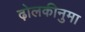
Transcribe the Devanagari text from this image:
ढ़ोलकीनुमा